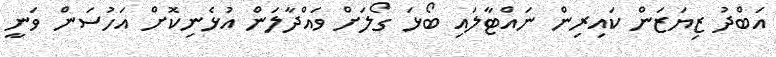
އަބްދު ޒިޔަޒަން ކައިރިން ނައްޓާލައި ބޯޅަ ގޯލަށް ވައްދާލަން އުޅެނިކޮށް އަހުސަން ވަނީ